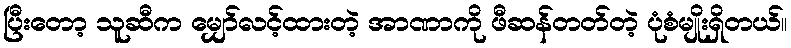
ပြီးတော့ သူဆီက မျှော်လင့်ထားတဲ့ အာဏာကို ဖီဆန်တတ်တဲ့ ပုံစံမျိုးရှိတယ်။